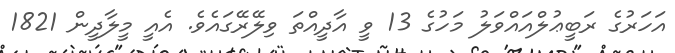
އަހަރުގެ ރަބީޢުލްއައްވަލު މަހުގެ 13 ވީ އާދީއްތަ ވިލޭރޭގައެވެ. އެއީ މީލާދީން 1821